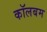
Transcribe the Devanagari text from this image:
कॉलबम